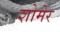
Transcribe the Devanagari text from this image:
शोमेर